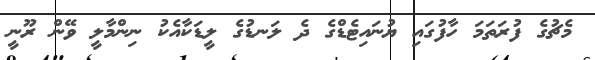
މެޗުގެ ފުރަތަމަ ހާފުގައި ޔުނައިޓެޑްގެ ދެ ލަނޑުގެ ލީޑަކާއެކު ނިންމާލީ ވޭން ރޫނީ